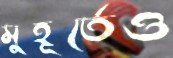
মুহূর্তেও